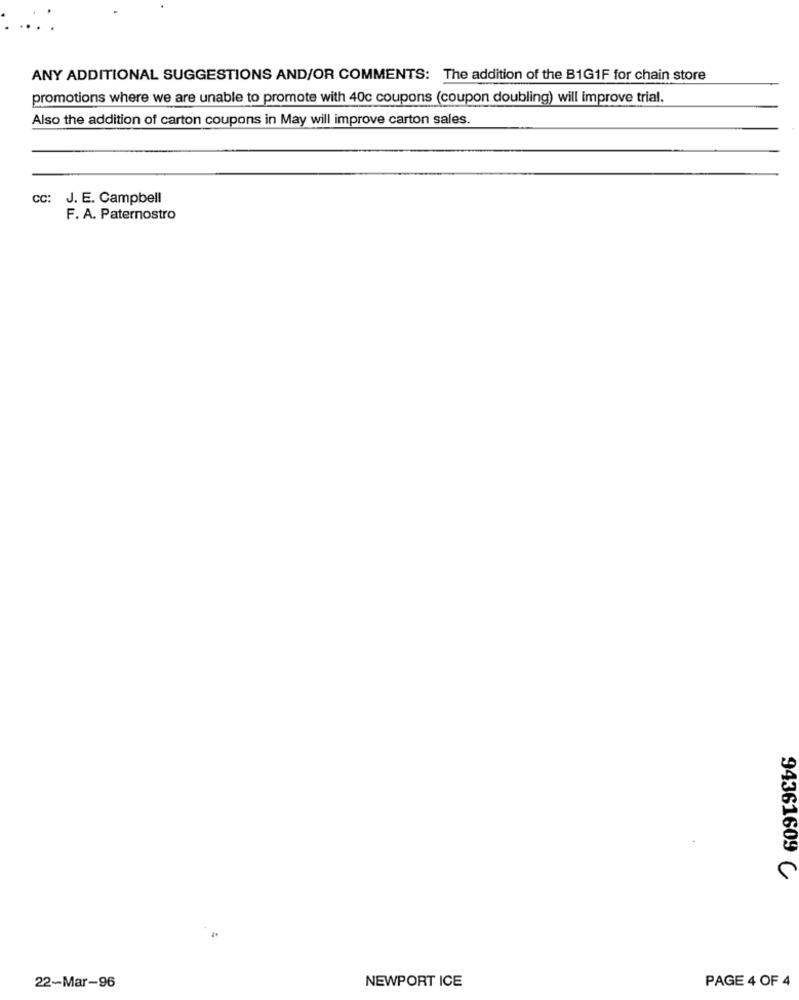
ANY ADDITIONAL SUGGESTIONS AND/OR COMMENTS: The addition of the B1G1F for chain store
promotions where we are unable to promote with 40c coupons (coupon doubling) will improve trial.
Also the addition of carton coupons in May will improve carton sales.
CC: J. E. Campbell
F. A. Paternostro
94361609 C
22-Mar-96
NEWPORT ICE
PAGE 4 OF 4